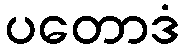
ပတောဒံ